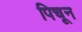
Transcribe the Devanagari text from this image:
पिचून